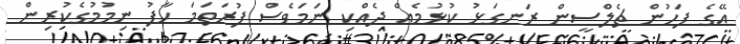
އޭގެ ފަހުން ޗެލްސީން ރަނގަޅު ކުޅުމެއް ދެއްކި ނަމަވެސް ފުރަތަމަ ހާފު ނިމުމުގެކުރިން